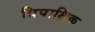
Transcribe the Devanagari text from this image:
त्रिपाक्षिक